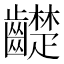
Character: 齼